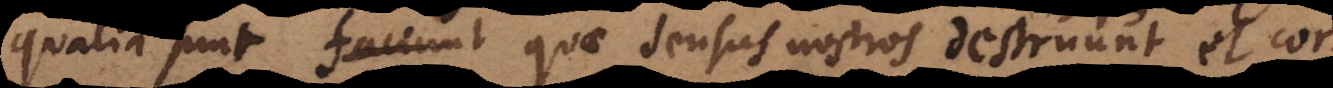
qualia sunt quae sensus nostros destruunt, et cor